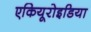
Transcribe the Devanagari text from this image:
एकियूरोइडिया